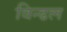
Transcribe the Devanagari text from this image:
विन्ढल